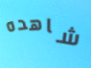
شاهده